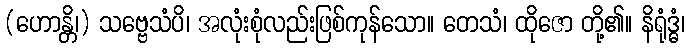
(ဟောန္တိ၊) သဗ္ဗေသံပိ၊ အလုံးစုံလည်းဖြစ်ကုန်သော။ တေသံ၊ ထိုဇော တို့၏။ နိရုံဒ္ဓံ၊